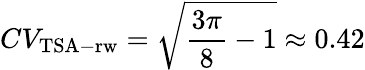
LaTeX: CV_{\mathrm{TSA-rw}}=\sqrt{\frac{3\pi}{8}-1}\approx 0.42